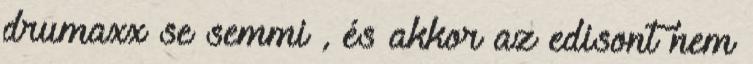
drumaxx se semmi , és akkor az edisont nem